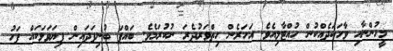
މީހުންނާއި ވާހަކަދެއްކުން ހުއްޓާލިއެވެ. އަހަރެން ހިތްވަރުދެރަ ނުކުރަމެވެ. ބައްޕަ ބުނިފަދައިން ފިޔަވަޅަކައް ފަހު